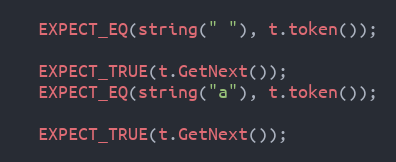
Language: C++
  EXPECT_EQ(string(" "), t.token());

  EXPECT_TRUE(t.GetNext());
  EXPECT_EQ(string("a"), t.token());

  EXPECT_TRUE(t.GetNext());